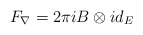
\begin{align*}F_\nabla=2\pi i B\otimes id_{E}\end{align*}